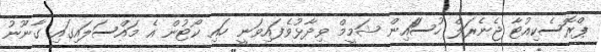
ޕްރޮސެކިއުޓާ ޖެނެރަލް ހުސަައިން ޝަމީމް ވިދާޅުވެފައިވަނީ ހައި ކޯޓުން އެ މައްސަލައިގައި ގާނޫނު